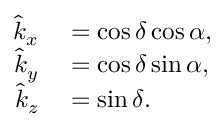
\begin{array} { r l } { { \hat { k } } _ { x } } & { { } = \cos \delta \cos \alpha , } \\ { { \hat { k } } _ { y } } & { { } = \cos \delta \sin \alpha , } \\ { { \hat { k } } _ { z } } & { { } = \sin \delta . } \end{array}